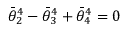
\bar { \theta } _ { 2 } ^ { 4 } - \bar { \theta } _ { 3 } ^ { 4 } + \bar { \theta } _ { 4 } ^ { 4 } = 0